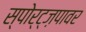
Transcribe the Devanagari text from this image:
स्पोर्ट्ज़पावर